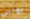
بونس